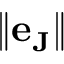
\| \mathbf { e } _ { \mathbf { J } } \|